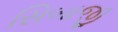
સિબાજી